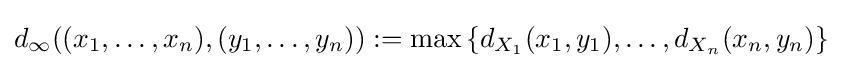
d_{\infty }((x_{1},\ldots ,x_{n}),(y_{1},\ldots ,y_{n})):=\max \left\{d_{X_{1}}(x_{1},y_{1}),\ldots ,d_{X_{n}}(x_{n},y_{n})\right\}